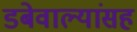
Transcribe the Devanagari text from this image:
डबेवाल्यांसह